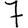
Digit: 7